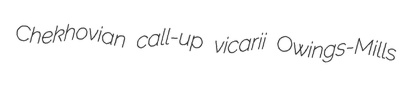
Chekhovian call-up vicarii Owings-Mills